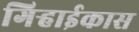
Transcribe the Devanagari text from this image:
गिऱ्हाईकास